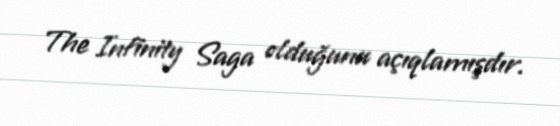
The Infinity Saga olduğunu açıqlamışdır.